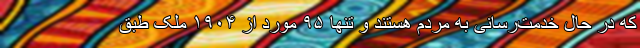
که در حال خدمت‌رسانی به مردم هستند و تنها ۹۵ مورد از ۱۹۰۴ ملک طبق